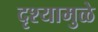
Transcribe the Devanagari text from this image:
दृश्यामुळे